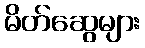
မိတ်ဆွေများ